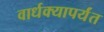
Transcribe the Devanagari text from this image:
वार्धक्यापर्यंत